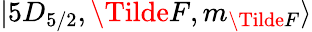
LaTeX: \lvert 5D_{5/2},\Tilde{F},m_{\Tilde{F}}\rangle